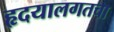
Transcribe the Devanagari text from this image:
हृदयालगतचा